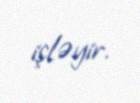
işləyir.